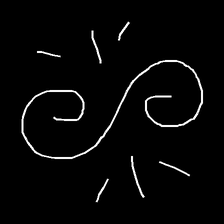
Glyph: wind-directs-air